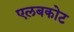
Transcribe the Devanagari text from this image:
एलबकोट